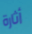
أثارة